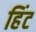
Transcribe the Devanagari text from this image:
हिंट